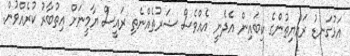
އަޅުގަނޑު ރައްޔިތުންގެ ކިބައިން އެދެނީ އެއްވެސް ޝަރުތެއްނެތި ރައީސް ޔާމީނަށް އިތުބާރު ކުރެއްވުން.